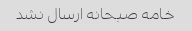
خامه صبحانه ارسال نشد